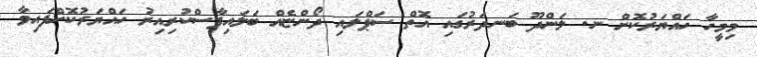
މިމީހާ ހައްޔަރުކޮށް ނ. ލަންދޫ ބަނދަރުގައި އޮތް ސަޕްލައި ދޯންޏެއް ބަލައިފާސްކުރިއިރު ހައްޔަރުކޮށްފައިވާ